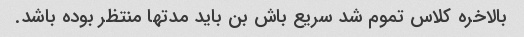
بالاخره کلاس تموم شد سریع باش بن باید مدتها منتظر بوده باشد.